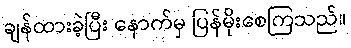
ချန်ထားခဲ့ပြီး နောက်မှ ပြန်မိုးစေကြသည်။